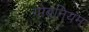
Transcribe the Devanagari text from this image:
गोबनियम